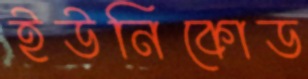
ইউনিকোড